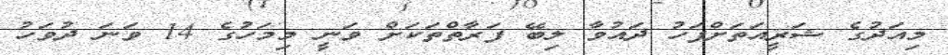
މިއަދުގެ ޝަރީއަތަށްފަހު ދައުވާ ލިބޭ ފަރާތްތަކަށް ވަނީ މިމަހުގެ 14 ވަނަ ދުވަހު